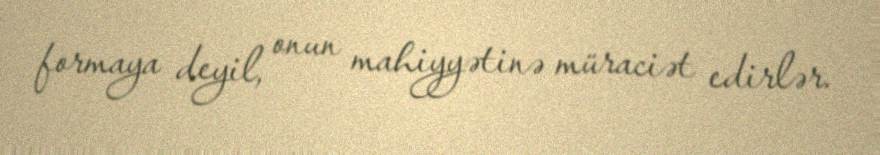
formaya deyil, onun mahiyyətinə müraciət edirlər.